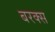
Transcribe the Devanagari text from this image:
बरक्‍स